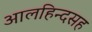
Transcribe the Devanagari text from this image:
आलहिन्दसह